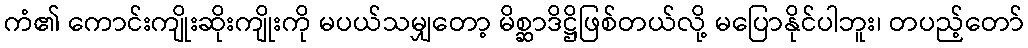
ကံ၏ ကောင်းကျိုးဆိုးကျိုးကို မပယ်သမျှတော့ မိစ္ဆာဒိဋ္ဌိဖြစ်တယ်လို့ မပြောနိုင်ပါဘူး၊ တပည့်တော်